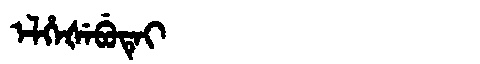
Manchu: ᡝᠯᡥᡝᡧᡝᠪᡠᡨᡝᡳ
Romanization: ELHEŠEBUTEI